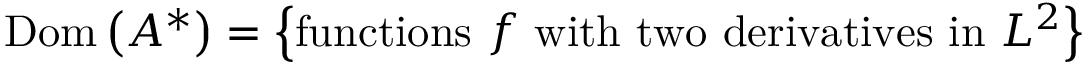
\operatorname { D o m } \left( A ^ { * } \right) = \left\{ { \mathrm { f u n c t i o n s ~ } } f { \mathrm { ~ w i t h ~ t w o ~ d e r i v a t i v e s ~ i n ~ } } L ^ { 2 } \right\}